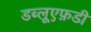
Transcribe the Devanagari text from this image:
डब्लूएफ़डी